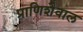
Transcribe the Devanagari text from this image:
प्राणिशैवाल